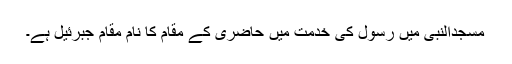
مسجدالنبی میں رسول کی خدمت میں حاضری کے مقام کا نام مقام جبرئیل ہے۔